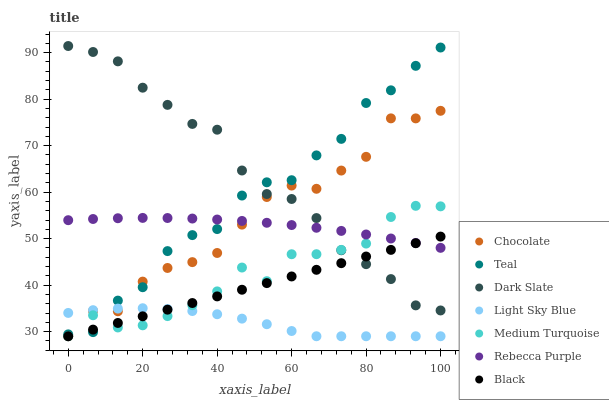
| xaxis_label | Chocolate | Teal | Dark Slate | Light Sky Blue | Medium Turquoise | Rebecca Purple | Black |
 | --- | --- | --- | --- | --- | --- | --- | --- |
 | 0 | 29 | 29.4 | 91.4 | 34 | 29 | 54 | 29 |
 | 6.67 | 34.5 | 29.9 | 90.1 | 34.6 | 33.5 | 54.2 | 30.4 |
 | 13.3 | 34.4 | 36.7 | 88.1 | 34.9 | 30.9 | 54.4 | 31.9 |
 | 20 | 40.8 | 39.5 | 82.5 | 35 | 31.4 | 54.5 | 33.3 |
 | 26.7 | 43.7 | 47.3 | 78.8 | 34.9 | 33.3 | 54.4 | 34.7 |
 | 33.3 | 44.9 | 50.8 | 74.7 | 34.4 | 35.7 | 54.3 | 36.1 |
 | 40 | 46.9 | 52.1 | 73.4 | 33.7 | 38.7 | 54.1 | 37.6 |
 | 46.7 | 53 | 59.3 | 64.7 | 32.8 | 43.8 | 53.8 | 39 |
 | 53.3 | 59 | 62.1 | 59.6 | 31.6 | 40.8 | 53.4 | 40.4 |
 | 60 | 61.4 | 62.6 | 58.5 | 30.1 | 46.6 | 52.9 | 41.9 |
 | 66.7 | 60.7 | 67.9 | 54.4 | 29 | 46.7 | 52.3 | 43.3 |
 | 73.3 | 64.6 | 71.5 | 47.5 | 29 | 47.6 | 51.7 | 44.7 |
 | 80 | 67.6 | 79.2 | 44.5 | 29 | 48.9 | 50.9 | 46.1 |
 | 86.7 | 75.9 | 81.9 | 41.3 | 29 | 54.7 | 50 | 47.6 |
 | 93.3 | 75.9 | 87.2 | 35.6 | 29 | 57.1 | 49.1 | 49 |
 | 100 | 77.5 | 91.1 | 34.5 | 29 | 56.9 | 48 | 50.4 |